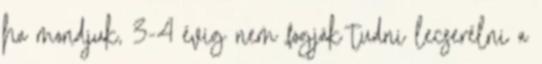
ha mondjuk, 3-4 évig nem fogják tudni lecserélni a